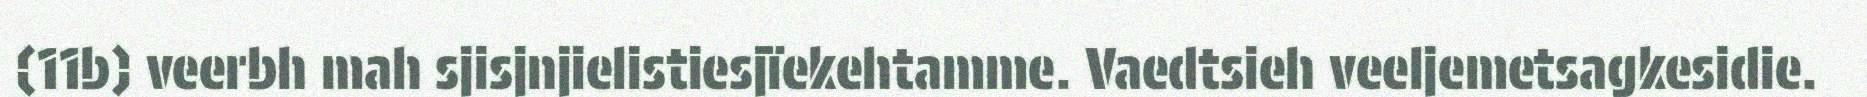
(11b) veerbh mah sjisjnjielistiesjïekehtamme. Vaedtsieh veeljemetsagkesidie.